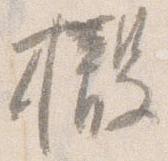
撤